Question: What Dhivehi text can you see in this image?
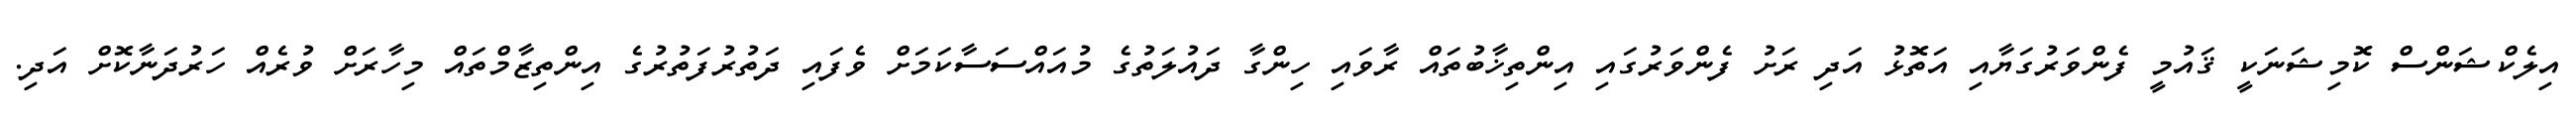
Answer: އިލެކްޝަންސް ކޮމިޝަނަކީ ޤައުމީ ފެންވަރުގަޔާއި އަތޮޅު އަދި ރަށު ފެންވަރުގައި އިންތިޚާބުތައް ރާވައި ހިންގާ ދައުލަތުގެ މުއައްސަސާކަމަށް ވެފައި ދަތުރުފަތުރުގެ އިންތިޒާމްތައް މިހާރަށް ވުރެއް ހަރުދަނާކޮށް އަދި.